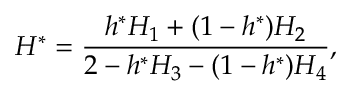
H ^ { \ast } = \frac { h ^ { \ast } H _ { 1 } + ( 1 - h ^ { \ast } ) H _ { 2 } } { 2 - h ^ { \ast } H _ { 3 } - ( 1 - h ^ { \ast } ) H _ { 4 } } ,